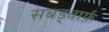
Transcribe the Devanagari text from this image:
सबड्वार्फ़